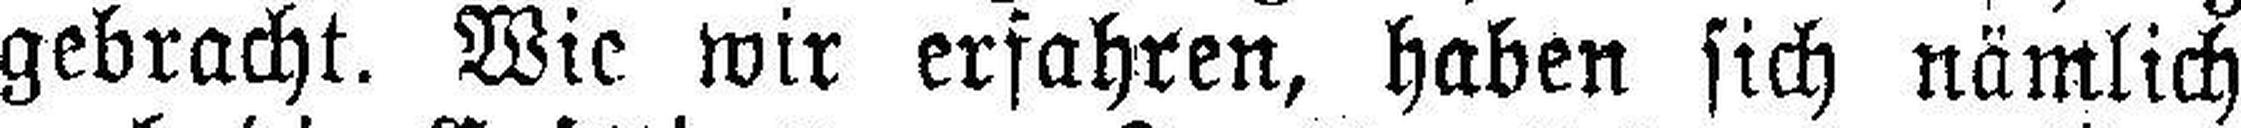
gebracht. Wie wir erfahren, haben sich nämlich